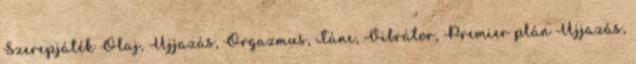
Szerepjáték Olaj, Ujjazás, Orgazmus, Tánc, Vibrátor, Premier plán Ujjazás,